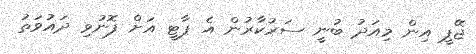
ޖޭޕީ އިން މިއަދު ބުނީ ސަރުކާރުން އެ ޕާޓީ އަށް ފޮނުވި ދައުވަތު